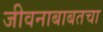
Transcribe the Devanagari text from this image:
जीवनाबाबतचा